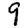
Digit: 9